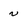
Character: v